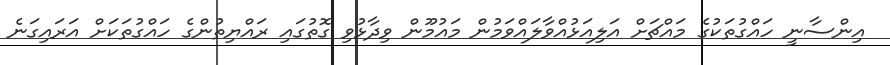
އިންސާނީ ހައްގުތަކުގެ މައްޗަށް އަލިއަޅުއްވާލައްވަމުން މައުމޫން ވިދާޅުވި ގޮތުގައި ރައްޔިތުންގެ ހައްގުތަކަށް އަރައިގަނެ